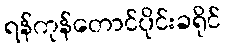
ရန်ကုန်တောင်ပိုင်းခရိုင်